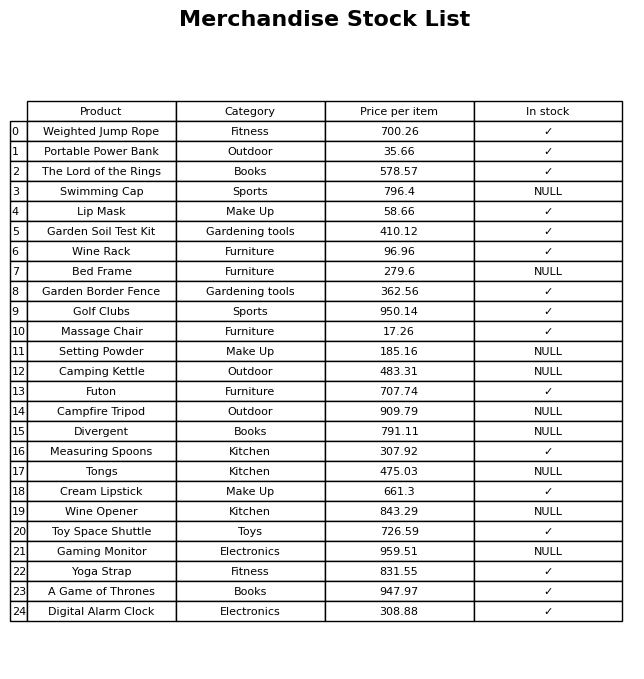
question: What is the price of the Garden Border Fence?
answer: The price of Garden Border Fence is 362.56.